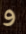
و